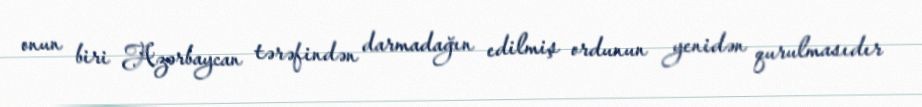
onun biri Azərbaycan tərəfindən darmadağın edilmiş ordunun yenidən qurulmasıdır